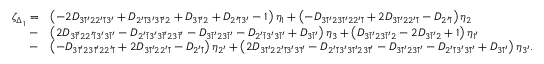
\begin{array} { r l } { \zeta _ { \Delta _ { 1 } } = } & { \left( { - 2 { D _ { 3 \bar { 1 } ^ { \prime } 2 2 ^ { \prime } \bar { 1 } 3 ^ { \prime } } } + { D _ { 2 ^ { \prime } \bar { 1 } 3 ^ { \prime } 3 \bar { 1 } ^ { \prime } 2 } } + { D _ { 3 \bar { 1 } ^ { \prime } 2 } } + { D _ { 2 ^ { \prime } \bar { 1 } 3 ^ { \prime } } } - 1 } \right) { \eta _ { 1 } } + \left( { - { D _ { 3 \bar { 1 } ^ { \prime } 2 3 \bar { 1 } ^ { \prime } 2 2 ^ { \prime } \bar { 1 } } } + 2 { D _ { 3 \bar { 1 } ^ { \prime } 2 2 ^ { \prime } \bar { 1 } } } - { D _ { 2 ^ { \prime } \bar { 1 } } } } \right) { \eta _ { 2 } } } \\ { - } & { \left( { 2 { D _ { 3 \bar { 1 } ^ { \prime } 2 2 ^ { \prime } \bar { 1 } 3 ^ { \prime } 3 \bar { 1 } ^ { \prime } } } - { D _ { 2 ^ { \prime } \bar { 1 } 3 ^ { \prime } 3 \bar { 1 } ^ { \prime } 2 3 \bar { 1 } ^ { \prime } } } - { D _ { 3 \bar { 1 } ^ { \prime } 2 3 \bar { 1 } ^ { \prime } } } - { D _ { 2 ^ { \prime } \bar { 1 } 3 ^ { \prime } 3 \bar { 1 } ^ { \prime } } } + { D _ { 3 \bar { 1 } ^ { \prime } } } } \right) { \eta _ { 3 } } + \left( { { D _ { 3 \bar { 1 } ^ { \prime } 2 3 \bar { 1 } ^ { \prime } 2 } } - 2 { D _ { 3 \bar { 1 } ^ { \prime } 2 } } + 1 } \right) { \eta _ { 1 ^ { \prime } } } } \\ { - } & { \left( { - { D _ { 3 \bar { 1 } ^ { \prime } 2 3 \bar { 1 } ^ { \prime } 2 2 ^ { \prime } \bar { 1 } } } + 2 { D _ { 3 \bar { 1 } ^ { \prime } 2 2 ^ { \prime } \bar { 1 } } } - { D _ { 2 ^ { \prime } \bar { 1 } } } } \right) { \eta _ { 2 ^ { \prime } } } + \left( { 2 { D _ { 3 \bar { 1 } ^ { \prime } 2 2 ^ { \prime } \bar { 1 } 3 ^ { \prime } 3 \bar { 1 } ^ { \prime } } } - { D _ { 2 ^ { \prime } \bar { 1 } 3 ^ { \prime } 3 \bar { 1 } ^ { \prime } 2 3 \bar { 1 } ^ { \prime } } } - { D _ { 3 \bar { 1 } ^ { \prime } 2 3 \bar { 1 } ^ { \prime } } } - { D _ { 2 ^ { \prime } \bar { 1 } 3 ^ { \prime } 3 \bar { 1 } ^ { \prime } } } + { D _ { 3 \bar { 1 } ^ { \prime } } } } \right) { \eta _ { 3 ^ { \prime } } } . } \end{array}